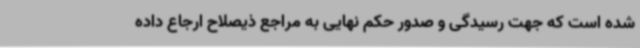
شده است که جهت رسیدگی و صدور حکم نهایی به مراجع ذیصلاح ارجاع داده